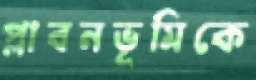
প্লাবনভূমিকে